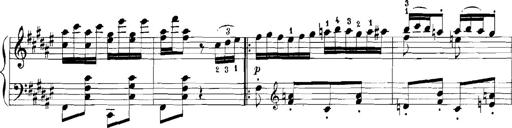
Title: Rhapsodies hongroises
Composer: Franz Liszt